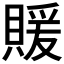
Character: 𬥢